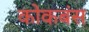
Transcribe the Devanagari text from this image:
कोकबंस